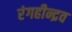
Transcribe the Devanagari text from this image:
रंगहीन्द्रव